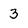
Character: 3